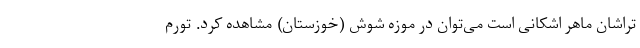
تراشان ماهر اشکانی است می‌توان در موزه شوش (خوزستان) مشاهده کرد. تورم